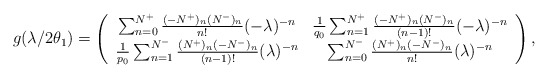
\begin{align*}g(\lambda/2\theta_1)=\left(\begin{array}{cc}\sum_{n= 0}^{N^+}\frac{(-N^+)_n(N^-)_n}{n!}(-\lambda)^{-n}& \frac{1}{q_0}\sum_{n= 1}^{N^+}\frac{(-N^+)_n(N^-)_n}{(n-1)!}(-\lambda)^{-n}\\ \frac{1}{p_0}\sum_{n= 1}^{N^-}\frac{(N^+)_n(-N^-)_n}{(n-1)!}(\lambda)^{-n}&\sum_{n=0}^{N^-}\frac{(N^+)_n(-N^-)_n}{n!}(\lambda)^{-n}\end{array}\right),\end{align*}